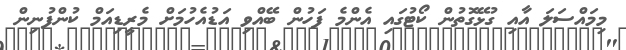
މިމައްސަލަ އާއި ގުޅޭގޮތުން ކޯޓުގައި އެންމެ ފަހުން ބޭއްވި އަޑުއެހުމަށް މެރީޑިއަމް ކުންފުނިން